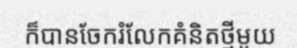
ក៏បានចែករំលែកគំនិតថ្មីមួយ